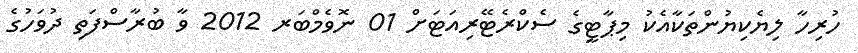
ހުރިހާ ލިޔެކިޔުންތަކާއެކު މިޕާޓީގެ ސެކްރެޓޭރިއަޓަށް 01 ނޮވެމްބަރ 2012 ވާ ބުރާސްފަތި ދުވަހުގެ